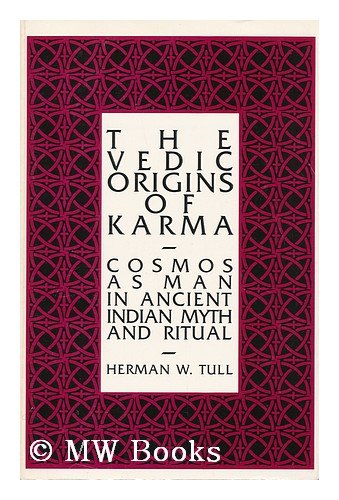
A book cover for The Vedic Origins of Karma: Cosmos As Man in Ancient Indian Myth and Ritual (Suny Series in Hindu Studies); Herman W. Tull; Religion & Spirituality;